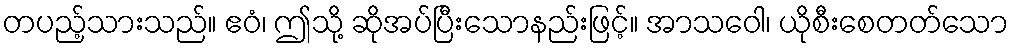
တပည့်သားသည်။ ဧဝံ၊ ဤသို့ ဆိုအပ်ပြီးသောနည်းဖြင့်။ အာသဝေါ၊ ယိုစီးစေတတ်သော